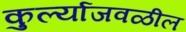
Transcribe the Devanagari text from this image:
कुर्ल्याजवळील